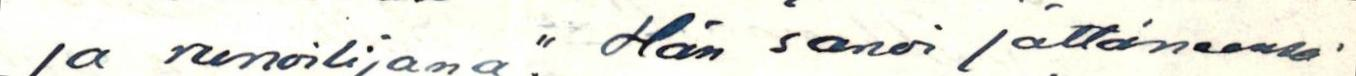
ja runoilijana." Hän sanoi jättäneensä